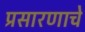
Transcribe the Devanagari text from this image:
प्रसारणाचे